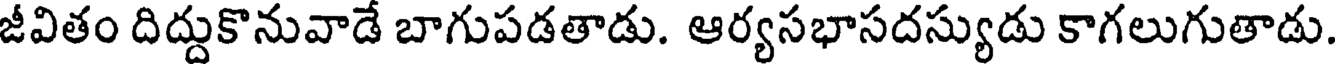
జీవితం దిద్దుకొనువాడే బాగుపడతాడు. ఆర్యసభాసదస్యుడు కాగలుగుతాడు.